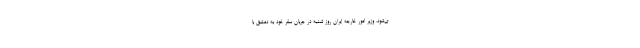
ی‌شود. وزیر امور خارجه ایران روز شنبه در جریان سفر خود به دمشق با